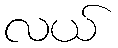
လယ်